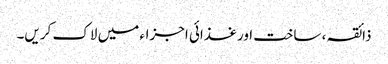
ذائقہ ، ساخت اور غذائی اجزاء میں لاک کریں۔